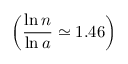
\left( \frac { \ln n } { \ln a } \simeq 1 . 4 6 \right)